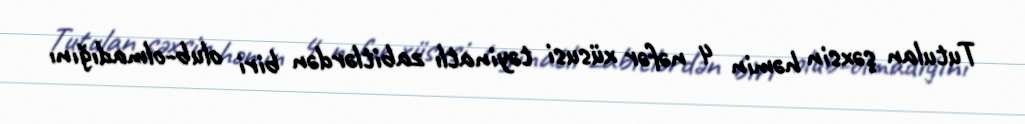
Tutulan şəxsin həmin 4 nəfər xüsusi təyinatlı zabitlərdən biri olub-olmadığını